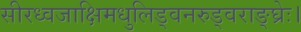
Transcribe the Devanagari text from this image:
सीरध्वजाक्षिमधुलिड्वनरुड्वराङ्घ्रेः।